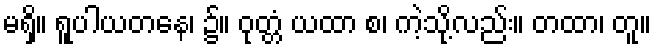
မရှိ။ ရူပါယတနေ၊ ၌။ ဝုတ္တံ ယထာ စ၊ ကဲ့သို့လည်း။ တထာ၊ တူ။